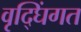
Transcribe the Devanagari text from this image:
वृद्घिंगत